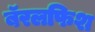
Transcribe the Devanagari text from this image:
बॅरलफिश